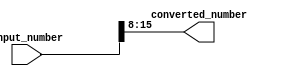
module FixedPointConverter (
    input [N-1:0] input_number,
    output reg [M-1:0] converted_number
);

parameter N = 16; // number of bits for input number
parameter M = 8; // number of bits for converted number

// Additional parameters for the converter
parameter integer_bits = 4; // number of bits for integer part
parameter fractional_bits = 4; // number of bits for fractional part
parameter rounding_mode = 0; // 0 for truncation, 1 for rounding
parameter overflow_handling = 0; // 0 for wrap-around, 1 for saturation

// Arithmetic operations to manipulate fixed-point numbers
always @(*) begin
    converted_number = input_number >> (N-M);
    // additional arithmetic operations based on design requirements
end

endmodule